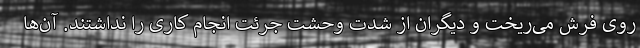
روی فرش می‌ریخت و دیگران از شدت وحشت جرئت انجام کاری را نداشتند. آن‌ها